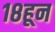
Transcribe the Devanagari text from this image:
१८हून